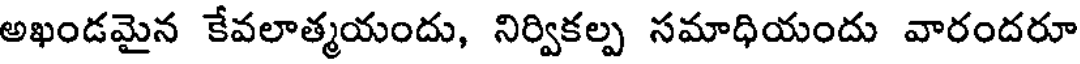
అఖండమైన కేవలాత్మయందు, నిర్వికల్ప సమాధియందు వారందరూ